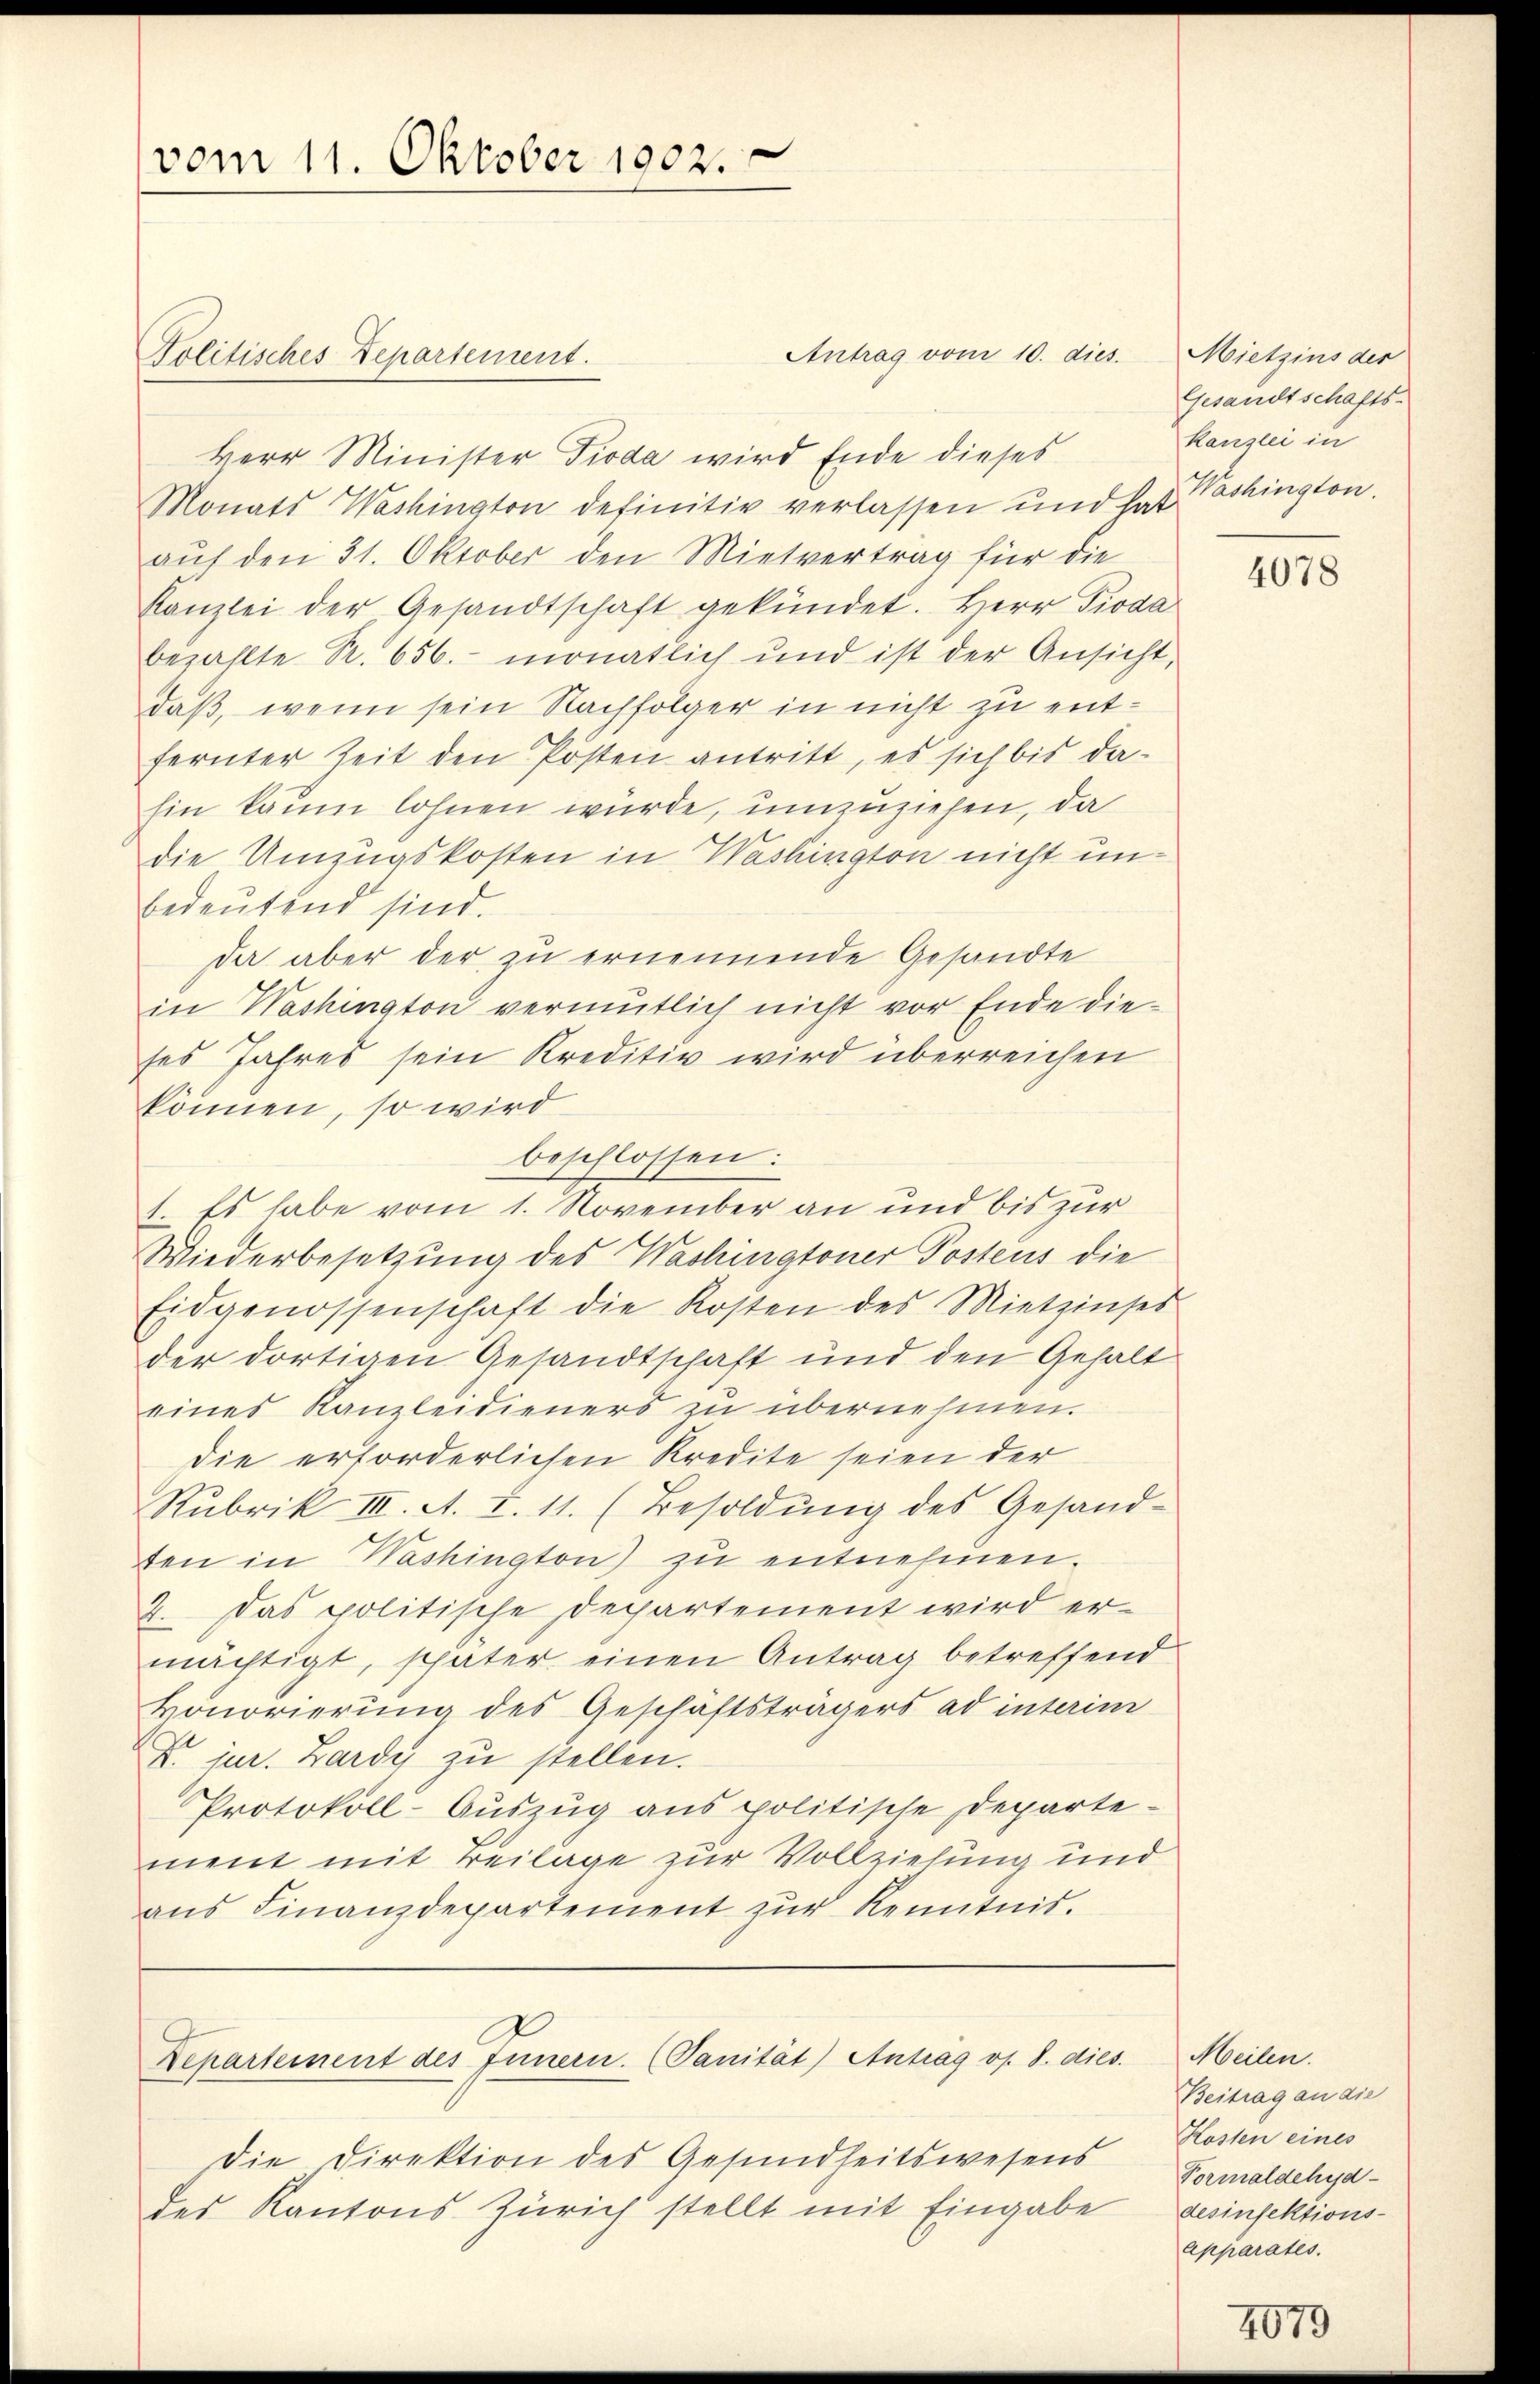
Herr Minister Pioda wird Ende dieses
Monats Washington definitiv verlassen und hat
aŭf den 31. Oktober den Mietvertrag für die
Kanzlei der Gesandtschaft gekündet. Herr Pioda
bezahlte R. 656. monatlich und ist der Ansicht,
daß, wenn sein Nachfolger in nicht zu entfernter Zeit den Posten antritt, es sich bis da-
Ein kaum lohnen wurde, umzuziehen, da
die Umzugskosten in Washington nicht unbedeutend sind.
da aber der zu ernennende Gesandte
in Washington vermutlich nicht vor Ende die-
ses Jahres sein Kreditiv wird überreichen
können, so wird
beschlossen:
1. Es habe vom 1. November an und bis zur
Wiederbesetzung des Washingtoner Postens die
Eidgenossenschaft die Kosten des Mietzinses
der dortigen Gesandtschaft und den Gehalt
eines Kanzleidieners zu übernehmen.
die erforderlichen Kredite seien der
Rubrik III. A. I. 11. (Besoldŭng des Gesand-
ten in Washington) zu entnehmen.
2. Das politische Departement wird ermächtigt, später einen Antrag betreffend
Honorierung des Geschäftsträgers ad interim
V. jur. Zardy zu stellen.
Protokoll-Auszug aus politische Departement mit Beilage zur Vollzielung und
aŭs Finanzdepartement zŭr Kenntnis.

vom 11. Oktober 1902.

Politisches Departement.

Antrag vom 10. dies

Departement des Innern. (Sanität) Antrag os. 8. dies

Die Direktion des Gesundheitswesens
des Kantons Zürich stellt mit Eingabe

Mietzins der
Gesandtschafts-
Kanzlei in
Washington.

4078

Meilen.
Beitrag an die
Kosten eines
Formaldehyd-
desinfektions-
apparates.

2079